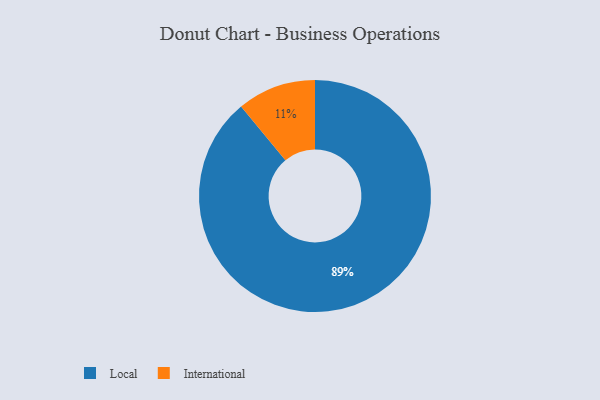
{"axis": {"x": "Category", "y": "Percentage"}, "legend": ["International", "Local"], "data": [{"x": "Local", "y": 89, "type": "Local"}, {"x": "International", "y": 11, "type": "International"}]}